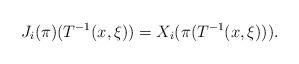
LaTeX: \begin{align*} J_i(\pi) (T^{-1}(x,\xi))= X_i (\pi (T^{-1}(x,\xi) ) ). \end{align*}